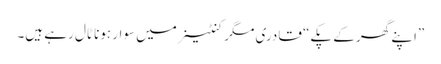
”اپنے گھر کے پکے“ قادری مگر کنٹینر میں سوار ہونا ٹال رہے ہیں۔